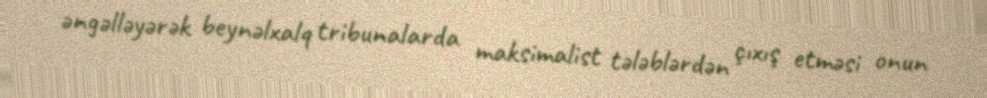
əngəlləyərək beynəlxalq tribunalarda maksimalist tələblərdən çıxış etməsi onun